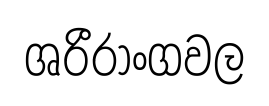
ශරීරාංගවල